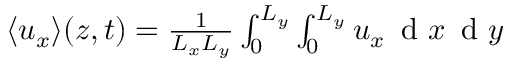
\begin{array} { r } { \langle u _ { x } \rangle ( z , t ) = \frac { 1 } { L _ { x } L _ { y } } \int _ { 0 } ^ { L _ { y } } \int _ { 0 } ^ { L _ { y } } u _ { x } \, \mathrm { ~ d ~ } x \, \mathrm { ~ d ~ } y } \end{array}